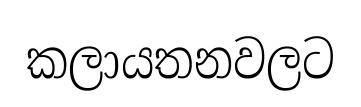
කලායතනවලට